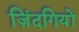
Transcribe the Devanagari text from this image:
ज़िंदगियों